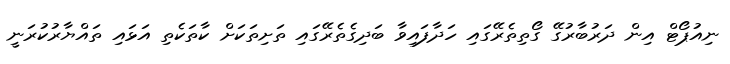
ނިއުޕޯޓް އިން ދަރުބާރުގޭ ގޯތިތެރޭގައި ހަދާފައިވާ ބަދިގެތެރޭގައި ތަށިތަކަށް ކާތަކެތި އަޅައި ތައްޔާރުކުރަނީ